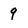
Character: 9